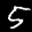
Label: 5